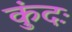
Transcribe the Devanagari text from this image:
कुंदः